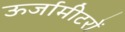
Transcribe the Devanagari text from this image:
ऊर्जामीटरों